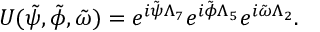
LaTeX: U ( \tilde { \psi } , \tilde { \phi } , \tilde { \omega } ) = e ^ { i \tilde { \psi } \Lambda _ { 7 } } e ^ { i \tilde { \phi } \Lambda _ { 5 } } e ^ { i \tilde { \omega } \Lambda _ { 2 } } .